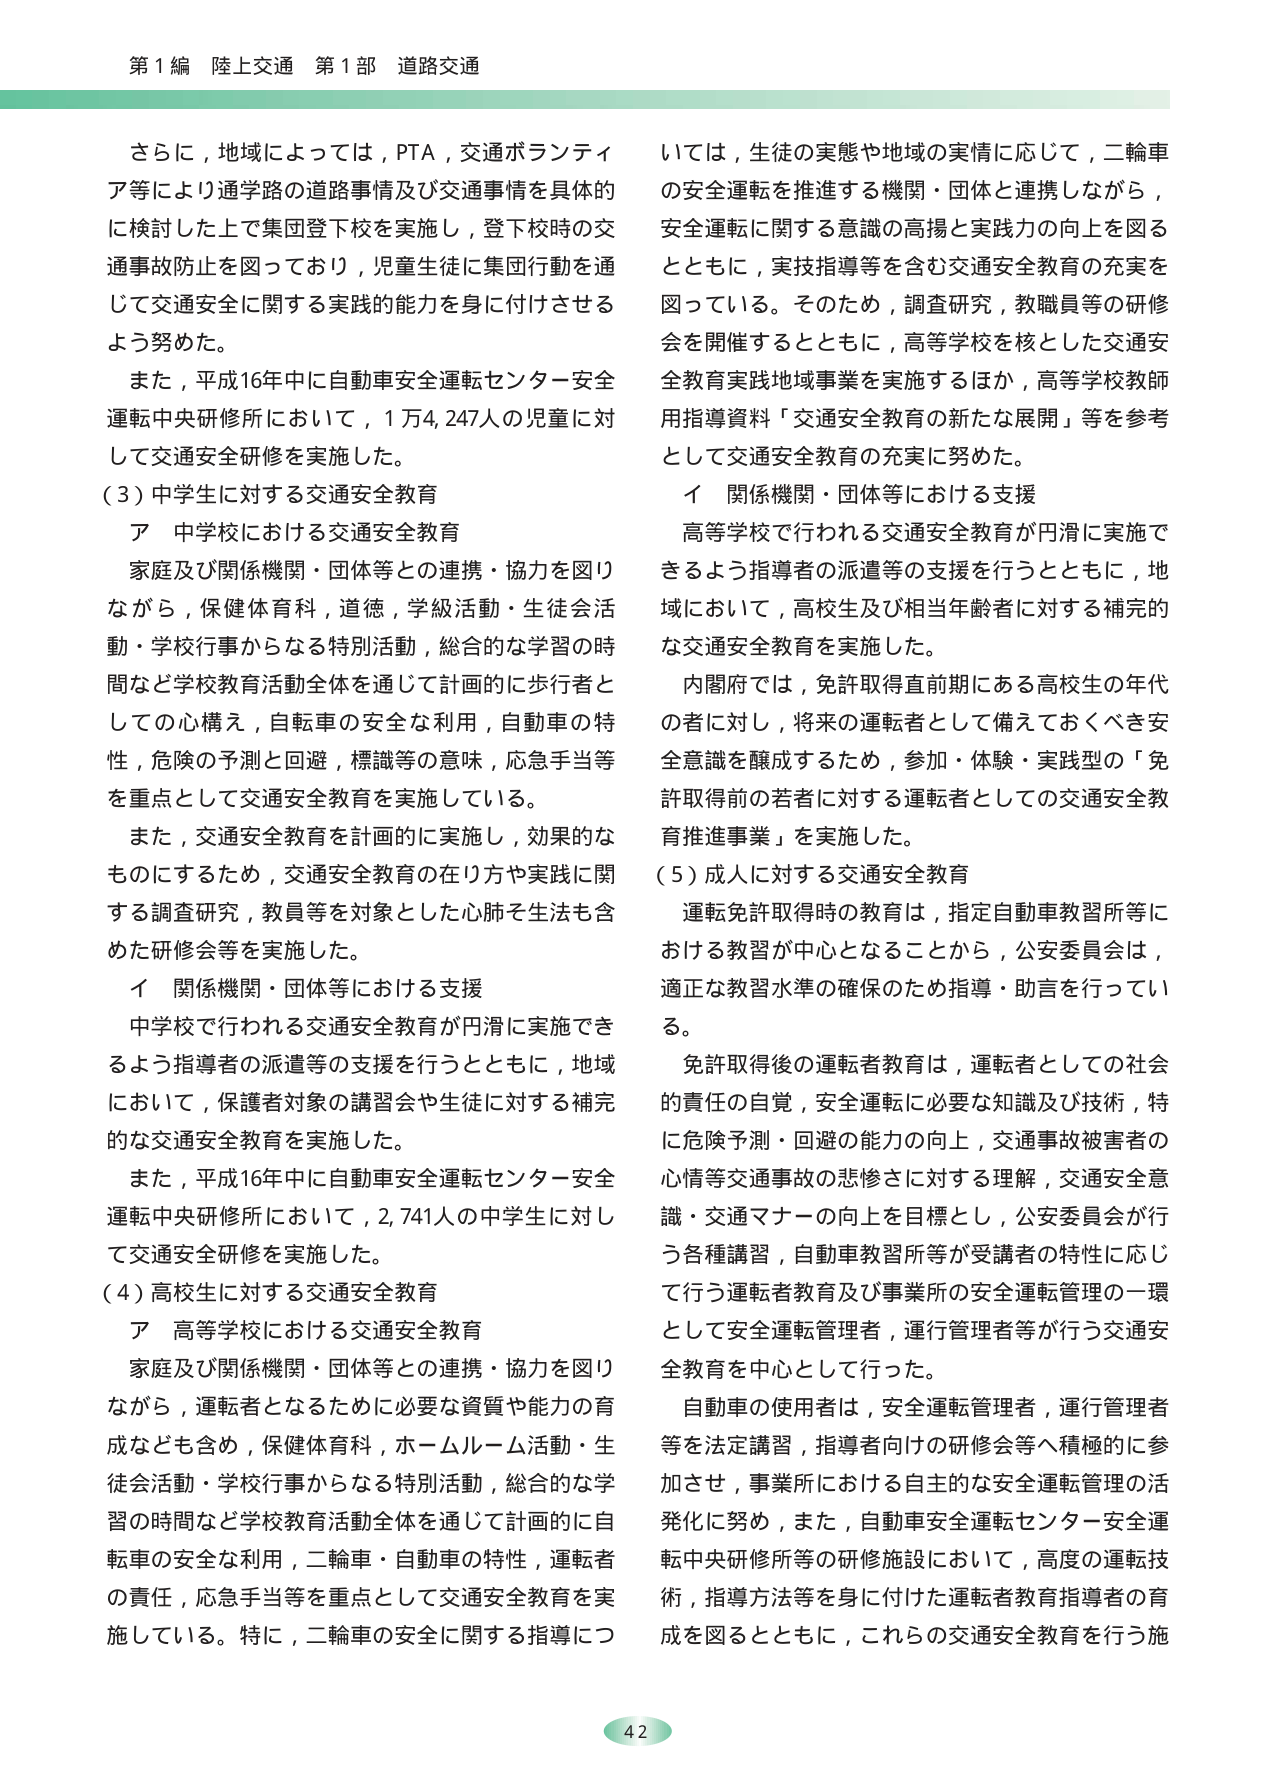
第1編 陸上交通 第1部 道路交通

さらに，地域によっては，PTA，交通ボランティア等により通学路の道路事情及び交通事情を具体的に検討した上で集団登下校を実施し，登下校時の交通事故防止を図っており，児童生徒に集団行動を通じて交通安全に関する実践的能力を身に付けさせるよう努めた。

また，平成16年中に自動車安全運転センター安全運転中央研修所において，1万4,247人の児童に対して交通安全研修を実施した。

（3）中学生に対する交通安全教育
ア 中学校における交通安全教育

家庭及び関係機関・団体等との連携・協力を図りながら，保健体育科，道徳，学級活動・生徒会活動・学校行事からなる特別活動，総合的な学習の時間など学校教育活動全体を通じて計画的に歩行者としての心構え，自転車の安全な利用，自動車の特性，危険の予測と回避，標識等の意味，応急手当等を重点として交通安全教育を実施している。

また，交通安全教育を計画的に実施し，効果的なものにするため，交通安全教育の在り方や実践に関する調査研究，教員等を対象とした心肺そ生法も含めた研修会等を実施した。

イ 関係機関・団体等における支援

中学校で行われる交通安全教育が円滑に実施できるよう指導者の派遣等の支援を行うとともに，地域において，保護者対象の講習会や生徒に対する補完的な交通安全教育を実施した。

また，平成16年中に自動車安全運転センター安全運転中央研修所において，2,741人の中学生に対して交通安全研修を実施した。

（4）高校生に対する交通安全教育
ア 高等学校における交通安全教育

家庭及び関係機関・団体等との連携・協力を図りながら，運転者となるために必要な資質や能力の育成なども含め，保健体育科，ホームルーム活動・生徒会活動・学校行事からなる特別活動，総合的な学習の時間など学校教育活動全体を通じて計画的に自転車の安全な利用，二輪車・自動車の特性，運転者の責任，応急手当等を重点として交通安全教育を実施している。特に，二輪車の安全に関する指導につ

いては，生徒の実態や地域の実情に応じて，二輪車の安全運転を推進する機関・団体と連携しながら，安全運転に関する意識の高揚と実践力の向上を図るとともに，実技指導等を含む交通安全教育の充実を図っている。そのため，調査研究，教職員等の研修会を開催するとともに，高等学校を核とした交通安全教育実践地域事業を実施するほか，高等学校教師用指導資料「交通安全教育の新たな展開」等を参考として交通安全教育の充実に努めた。

イ 関係機関・団体等における支援

高等学校で行われる交通安全教育が円滑に実施できるよう指導者の派遣等の支援を行うとともに，地域において，高校生及び相当年齢者に対する補完的な交通安全教育を実施した。

内閣府では，免許取得直前期にある高校生の年代の者に対し，将来の運転者として備えておくべき安全意識を醸成するため，参加・体験・実践型の「免許取得前の若者に対する運転者としての交通安全教育推進事業」を実施した。

（5）成人に対する交通安全教育

運転免許取得時の教育は，指定自動車教習所等における教習が中心となることから，公安委員会は，適正な教習水準の確保のため指導・助言を行っている。

免許取得後の運転者教育は，運転者としての社会的責任の自覚，安全運転に必要な知識及び技術，特に危険予測・回避の能力の向上，交通事故被害者の心情等交通事故の悲惨さに対する理解，交通安全意識・交通マナーの向上を目標とし，公安委員会が行う各種講習，自動車教習所等が受講者の特性に応じて行う運転者教育及び事業所の安全運転管理の一環として安全運転管理者，運行管理者等が行う交通安全教育を中心として行った。

自動車の使用者は，安全運転管理者，運行管理者等を法定講習，指導者向けの研修会等へ積極的に参加させ，事業所における自主的な安全運転管理の活発化に努め，また，自動車安全運転センター安全運転中央研修所等の研修施設において，高度の運転技術，指導方法等を身に付けた運転者教育指導者の育成を図るとともに，これらの交通安全教育を行う施

42